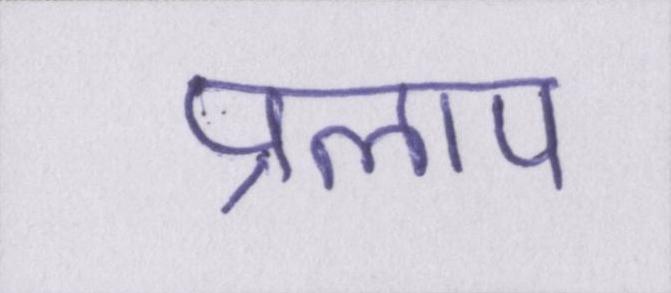
प्रलाप